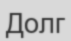
Долг